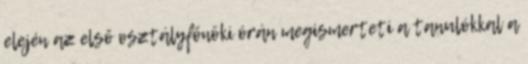
elején az első osztályfőnöki órán megismerteti a tanulókkal a